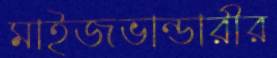
মাইজভান্ডারীর